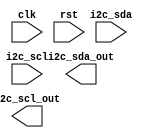
module i2c_controller (
  input wire clk,
  input wire rst,
  
  // Define I2C signals
  input wire i2c_sda,
  output wire i2c_sda_out,
  input wire i2c_scl,
  output wire i2c_scl_out,
  
  // Add additional signals as needed
  
);

  // Add timing control and synchronization logic here
  
endmodule